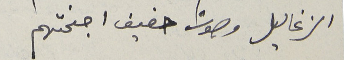
الزغاليل وصوت حفيف اجنحتهم